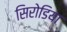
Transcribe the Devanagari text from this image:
सिरोडिया